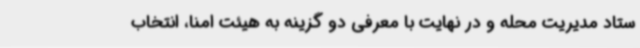
ستاد مدیریت محله و در نهایت با معرفی دو گزینه به هیئت امنا، انتخاب